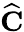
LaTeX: \widehat{\mathbf{C}}